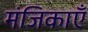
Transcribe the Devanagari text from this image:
मंजिकाएँ